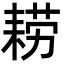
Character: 耢